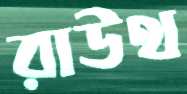
রাউথ